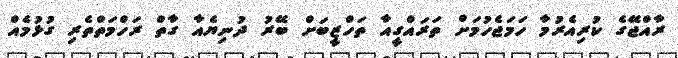
ރާއްޖޭގެ ކުރިއެރުމާ ހަމަޖެހުމަށް ތަރައްގީއާ ތަހްޒީބަށް ބޭރު ދުނިޔެއާ ގާތް ރަހްމަތްތެރި ގުޅުމެއް